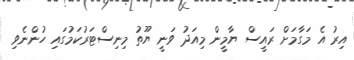
އިރު އެ މަގާމަށް ރައީސް ޔާމީން މިއަދު ވަނީ ޔޫތު މިނިސްޓަރުކަމުގައި ހުންނެވި